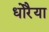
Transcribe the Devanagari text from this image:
धोरैया